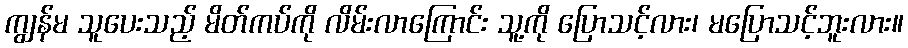
ကျွန်မ သူပေးသည့် မိတ်ကပ်ကို လိမ်းလာကြောင်း သူ့ကို ပြောသင့်လား၊ မပြောသင့်ဘူးလား။